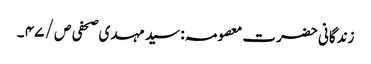
زندگانی حضرت معصومہ : سید مہدی صحفی ص / ۴۷ ۔